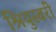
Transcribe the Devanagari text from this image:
श्रियुस्बरी